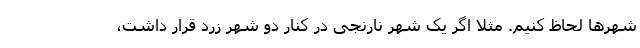
شهرها لحاظ کنیم. مثلا اگر یک شهر نارنجی در کنار دو شهر زرد قرار داشت،